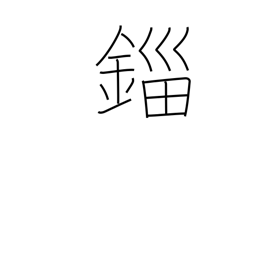
Meaning: unit of weight